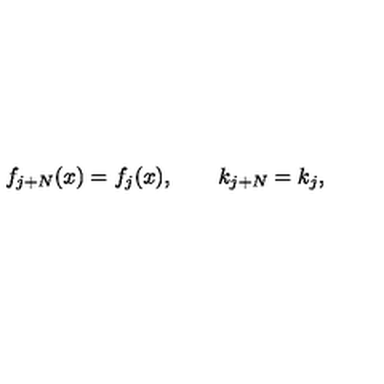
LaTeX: f _ { j + N } ( x ) = f _ { j } ( x ) , \qquad k _ { j + N } = k _ { j } ,